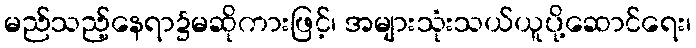
မည်သည့်နေရာ၌မဆိုကားဖြင့်၊ အများသုံးသယ်ယူပို့ဆောင်ရေး၊